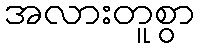
အလားတူစွာ